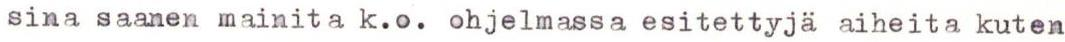
sina saanen mainita k.o. ohjelmassa esitettyjä aiheita kuten